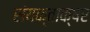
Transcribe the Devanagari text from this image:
संयक्ताक्षर